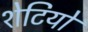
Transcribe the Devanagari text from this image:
शेटियों